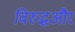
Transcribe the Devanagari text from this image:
विरुद्धऔर